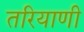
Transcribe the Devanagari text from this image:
तरियाणी